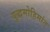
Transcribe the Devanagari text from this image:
युद्धमोहिमांत